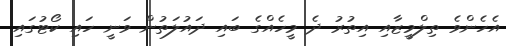
އެހެންވެ ތިލްމީޒާއި އިތުރު ދެ މީހެއްގެ ބައި ދައުލަތުން ވަނީ ހައި ކޯޓުގައި